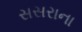
સસરાના